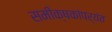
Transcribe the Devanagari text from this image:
समीक्षकांपर्यंत